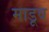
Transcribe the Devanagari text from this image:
माडूव